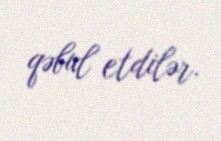
qəbul etdilər.